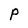
Character: P